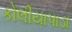
કોલીયાપાડા